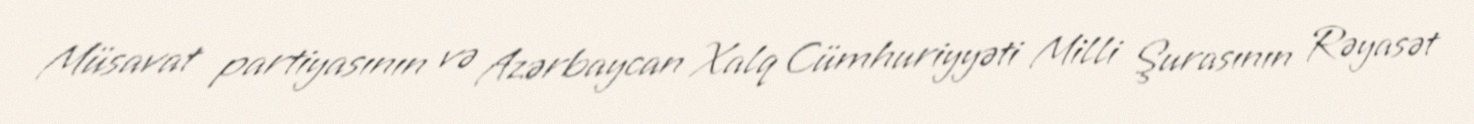
Müsavat partiyasının və Azərbaycan Xalq Cümhuriyyəti Milli Şurasının Rəyasət